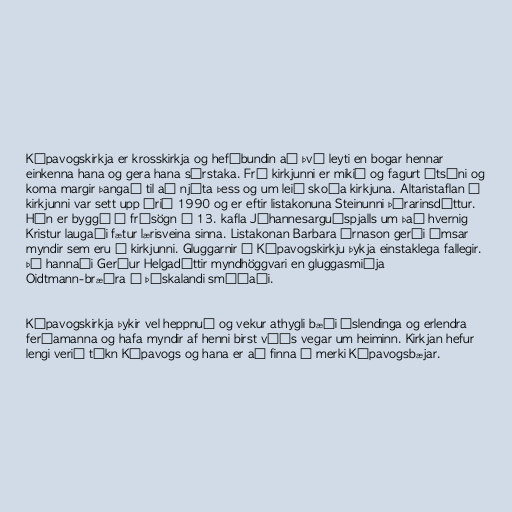
Kópavogskirkja er krosskirkja og hefðbundin að því leyti en bogar hennar
einkenna hana og gera hana sérstaka. Frá kirkjunni er mikið og fagurt útsýni og
koma margir þangað til að njóta þess og um leið skoða kirkjuna. Altaristaflan í
kirkjunni var sett upp árið 1990 og er eftir listakonuna Steinunni Þórarinsdóttur.
Hún er byggð á frásögn í 13. kafla Jóhannesarguðspjalls um það hvernig
Kristur laugaði fætur lærisveina sinna. Listakonan Barbara Árnason gerði ýmsar
myndir sem eru í kirkjunni. Gluggarnir í Kópavogskirkju þykja einstaklega fallegir.
Þá hannaði Gerður Helgadóttir myndhöggvari en gluggasmiðja
Oidtmann-bræðra í Þýskalandi smíðaði.

Kópavogskirkja þykir vel heppnuð og vekur athygli bæði Íslendinga og erlendra
ferðamanna og hafa myndir af henni birst víðs vegar um heiminn. Kirkjan hefur
lengi verið tákn Kópavogs og hana er að finna á merki Kópavogsbæjar.